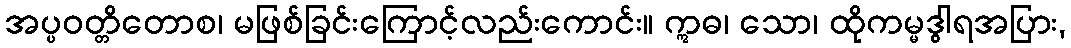
အပ္ပဝတ္တိတောစ၊ မဖြစ်ခြင်းကြောင့်လည်းကောင်း။ ဣဓ၊ သော၊ ထိုကမ္မဒွါရအပြား,